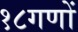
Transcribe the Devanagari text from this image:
१८गणों